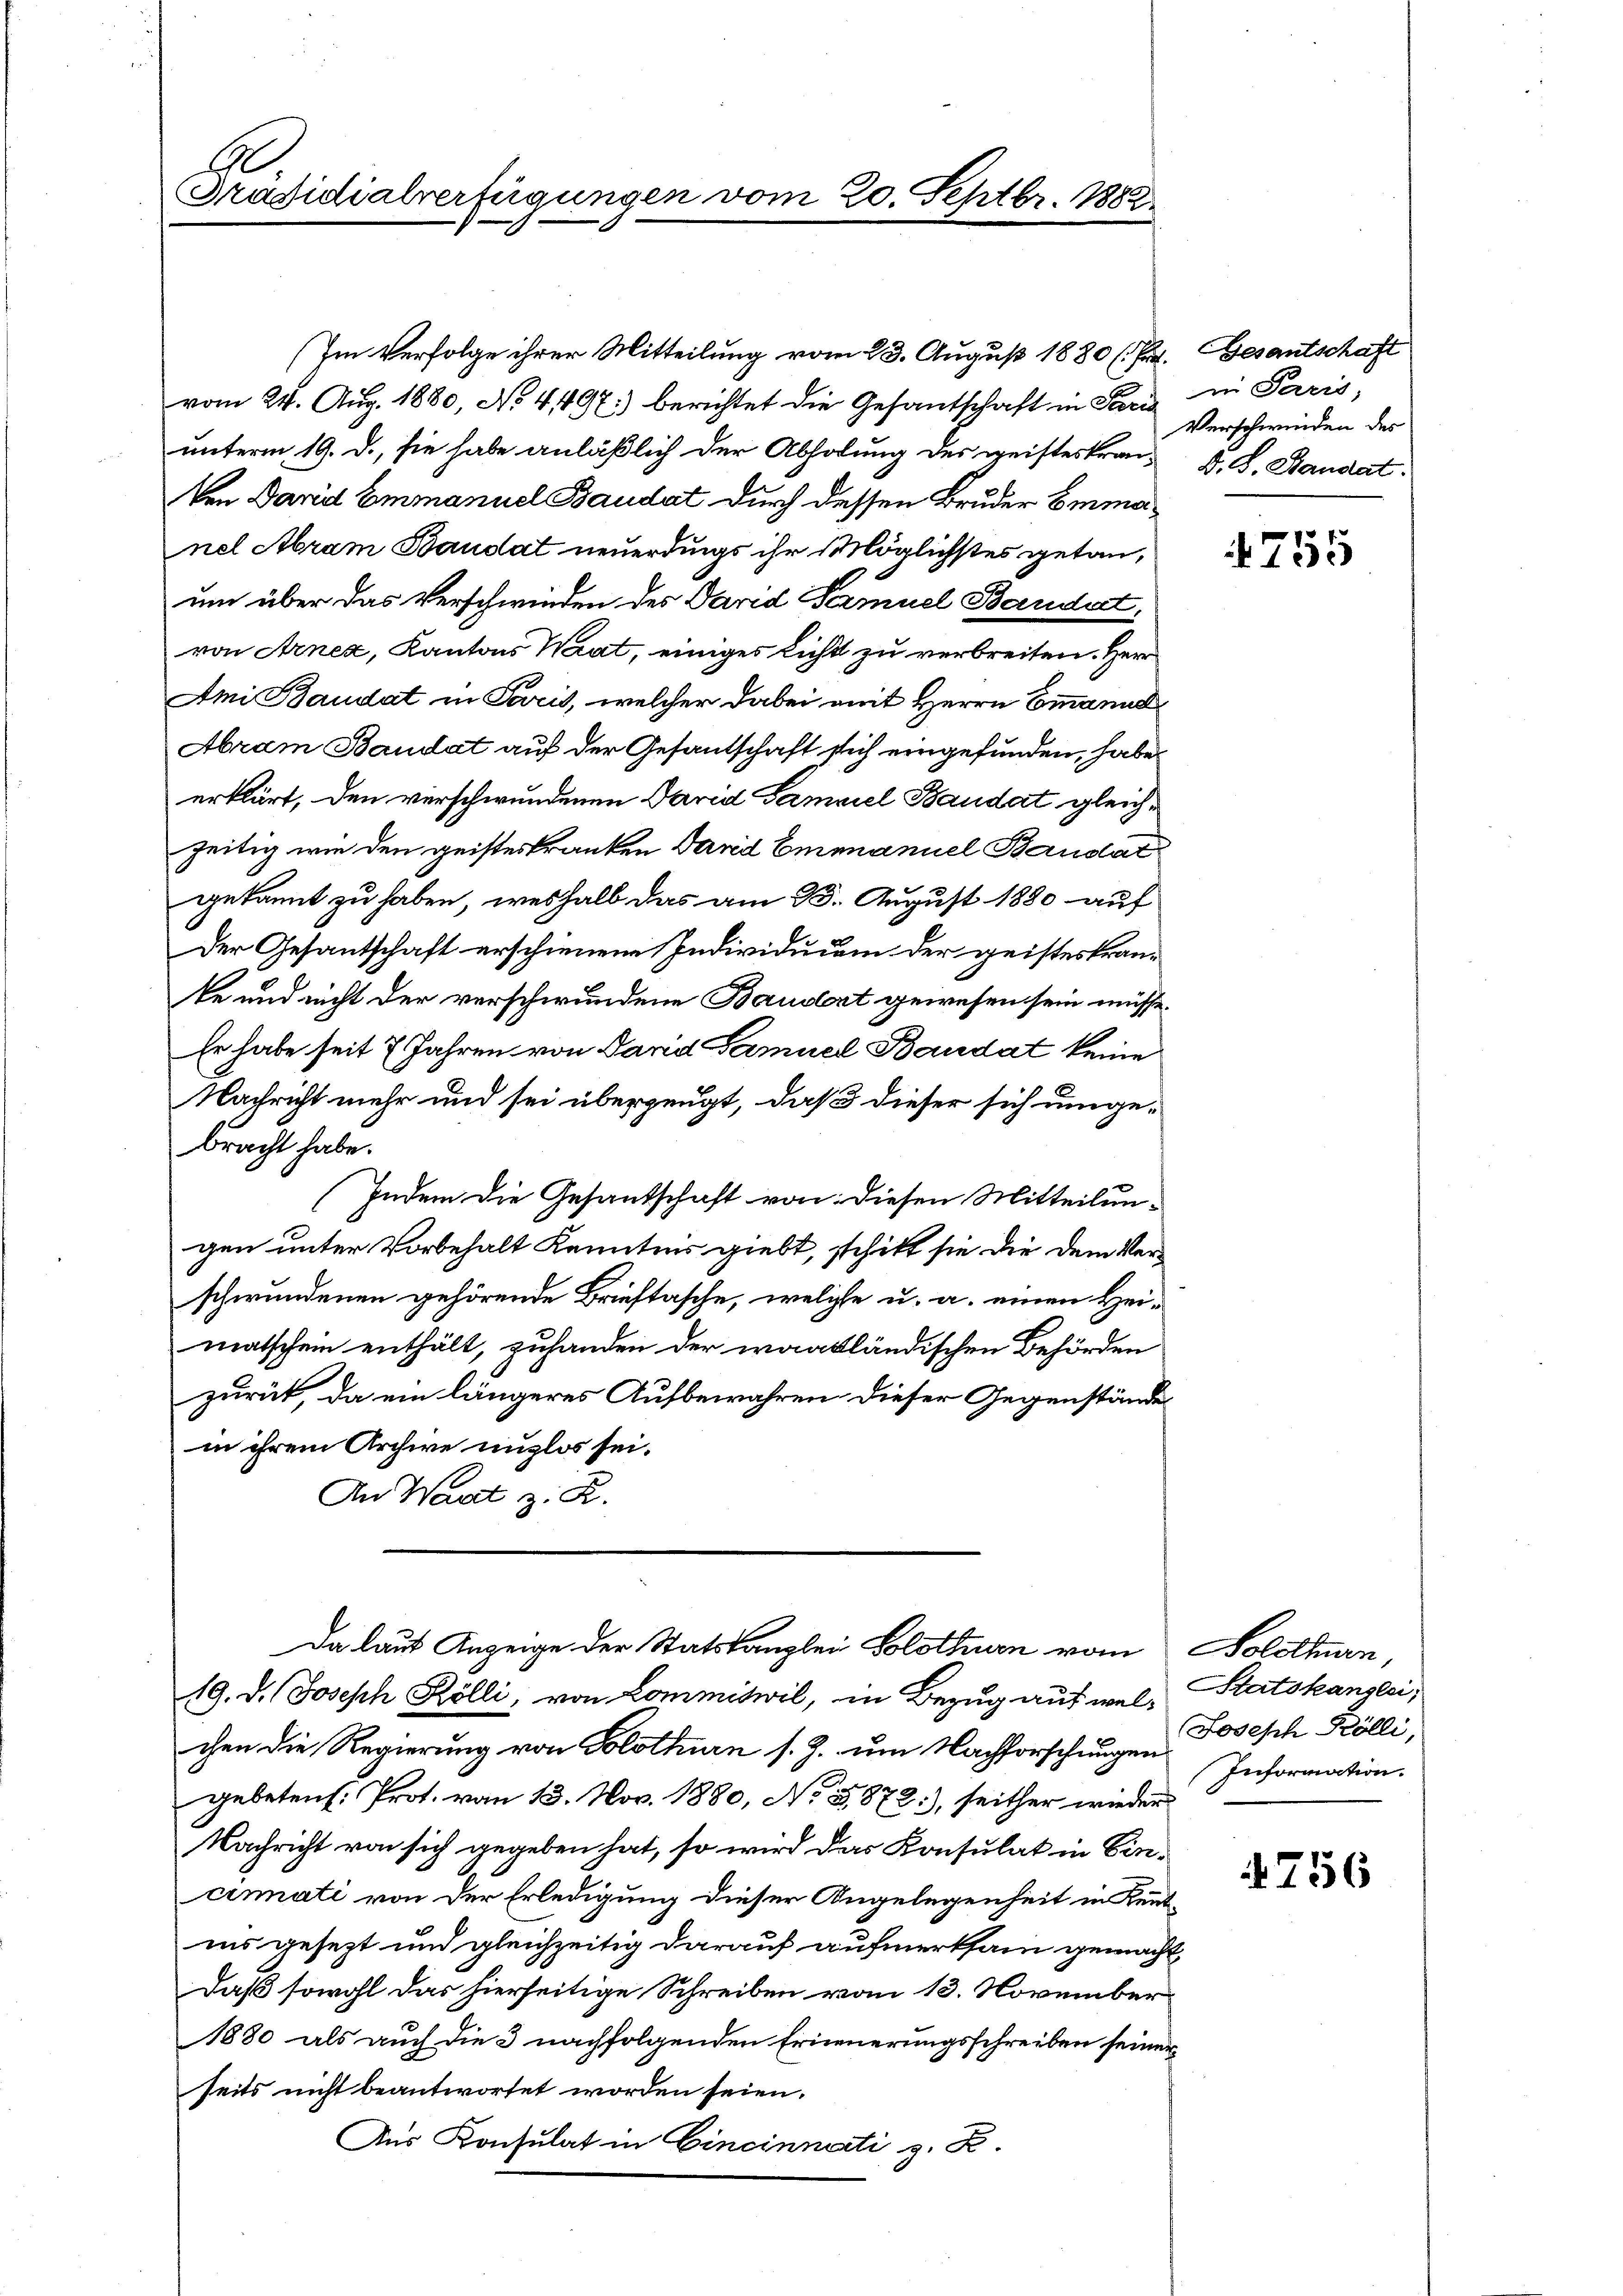
Präsidialverfügungen vom 20. Septbr. 1888

(Im Verfolge ihrer Mitteilung vom 23. August 1880 (Pr. Gesantschaft
vom 24. Aug. 1880, No 4497:) berichtet die Gesantschaft in Paris
unterm 19. d., sie habe anläßlich der Abholung des geisteskran¬
Ven David Emmanuel Baudat durch dessen Bruder Emmanel Abram Baudat neuerdings ihr Möglichstes getan,
um über das Verschwinden des David Samuel Bandert.
von Arnez, Kantons Waat, einiges Licht zu verbreiten. Herr
Ami Baudat in Paris, welcher dabei mit Herrn Emmanne
Abram Baudat auf der Gesandtschaft sich eingefunden, habe
erklärt, den verschwundenen David Samviel Baudat gleichzeitig wie den geisteskranken Sand Emmanuel Baudat
gekannt zu haben, weshalb das am 13. August 1880 auf
Der Gesantschaft erschienene Individuum der geisteskrante und nicht der verschwundene Baudert gewesen sein müsse.
Er habe seit 7 Jahren von David Samuel Bandat keine
Nachricht mehr und sei überzeugt, daß dieser sich umge-
bracht habe.
Indem die Gesantschaft von diesen Mitteilungen unter Vorbehalt Kenntnis giebt, schikt sie die dem Verschwundenen gehörende Brieftasche, welche u. a. einen Heimatschein enthält, zuhanden der waakländischen Behörden
zurück, da ein längeres Aufbewahren dieser Gegenstände
in ihrem Archive unzlos sei.
An Waadt z. R.
Da laut Anzeige der Statskanzlei Solothurn vom
19. d. Joseph Kölli, von Commiswil, in Bezug auf wel-Statskanzlei,
chen die Regierung von Solothurn s. Z. um Nachforschungen Information.
gebetens. Prot. vom 13. Nov. 1880, No 3,872), seither wieder
Nachricht von sich gegeben hat, so wird das Konsulat in Ein-
cinati von der Erledigung dieser Angelegenheit in Kenntins gesezt und gleichzeitig darauf aufmerksam gemacht,
daß sowohl das hierseitige Schreiben vom 13. November
1880 als auch die 3 nachfolgenden Erneuerungsschreiben seiner
seits nicht beantwortet worden seien.
Aus Konsulat in Cincinnati z. B.

in Paris,
Verschwinden des
D. S. Standat.

755

Solothurn,
Joseph Kölli,

756